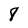
Character: 8